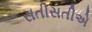
સતીસતીએ